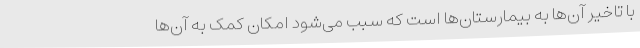
با تاخیر آن‌ها به بیمارستان‌ها است که سبب می‌شود امکان کمک به آن‌ها